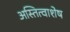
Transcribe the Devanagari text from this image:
अस्तित्वाशेष